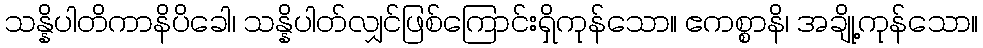
သန္နိပါတိကာနိပိခေါ၊ သန္နိပါတ်လျှင်ဖြစ်ကြောင်းရှိကုန်သော။ ဧကစ္စာနိ၊ အချို့ကုန်သော။